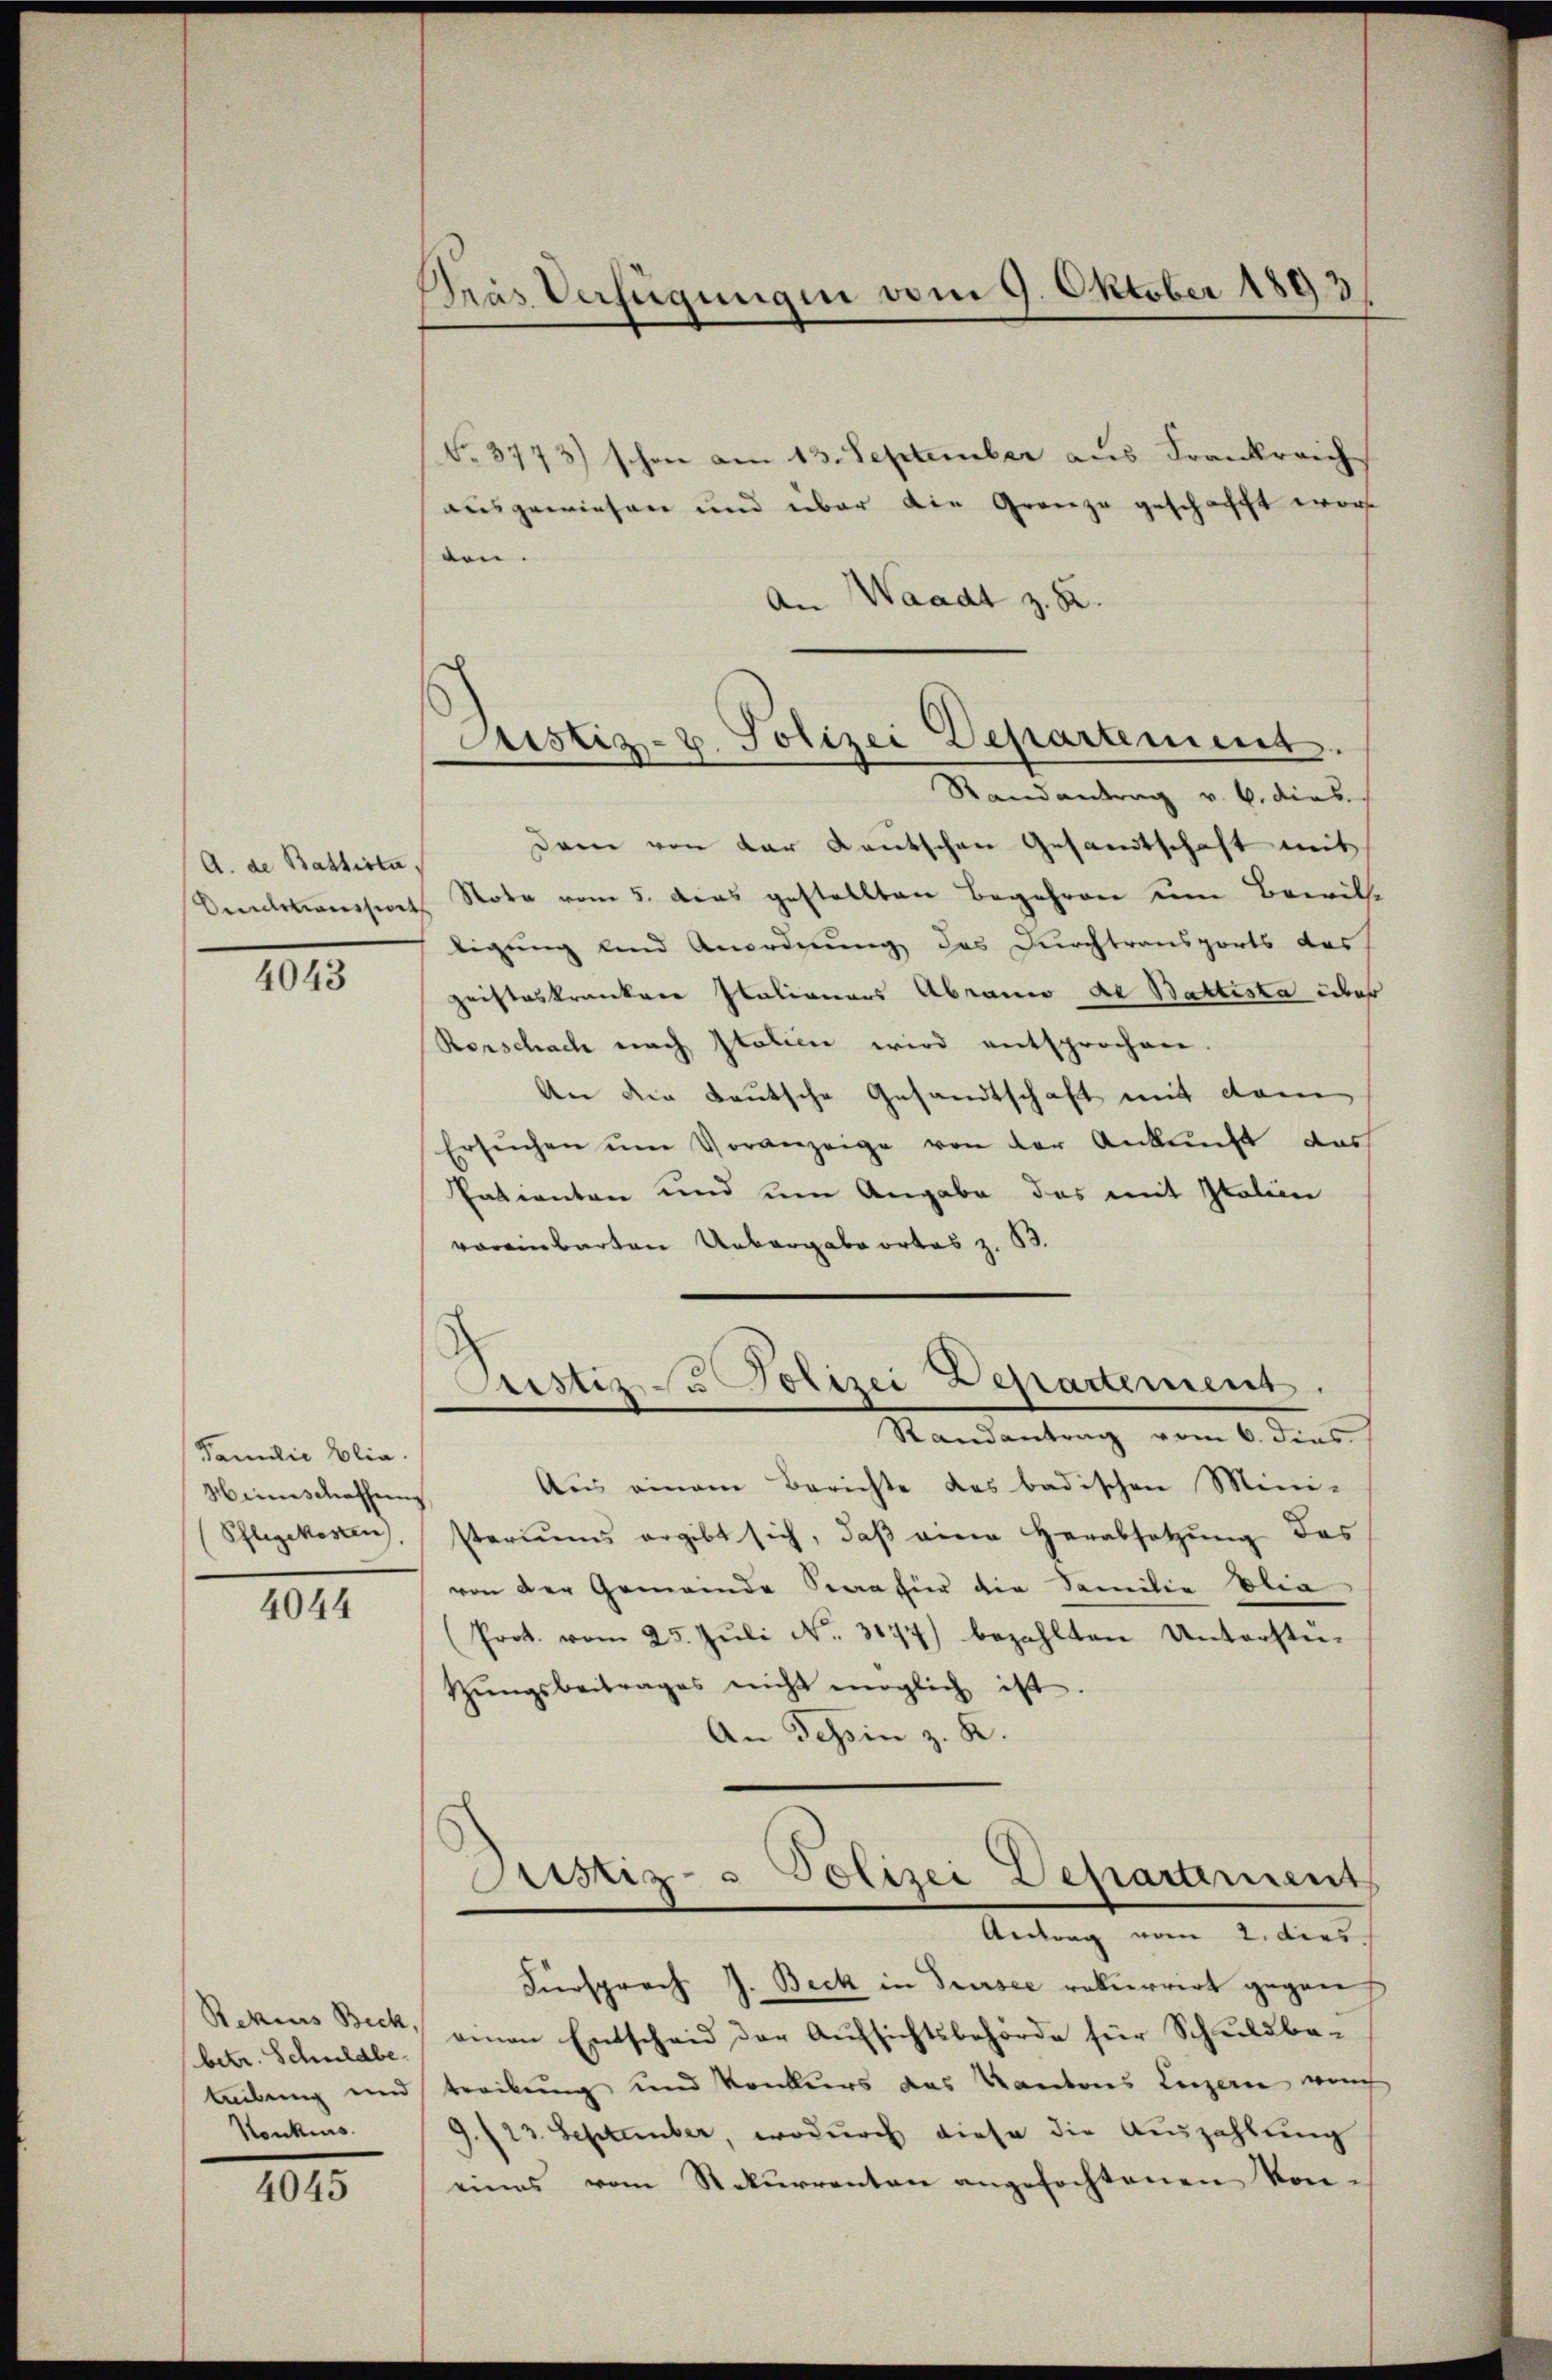
A. de Battista
Amdeaussiret

4043

Familie blia.
Weinschaffens
Pflegekosten,

4044

Rekius Beck,
(betr. Schuldbe-
teibung und
Konkurs.

4045

Dras Verfügungen vom 9. Oktober 1893

Justiz- u. Polizei Departement

No. 3773) schon am 13. September aus Frankreich
ausgewiesen und über die Grenze geschacht wor
den
An Waadt z. B.
Randantrag v. 6. dies.
Dein von dar Deutschen Gesandtschaft mit
Stote vom 5. das gestellten Begehren um Bewill
tigung und Anordnung des Durchtransports das
gristeskranker Italionars Abrano de Battesta über
Rorschach nach Italien wird entsprochen.
An die deutsche Gesandtschaft mit dem
Ersŭchen um Voranzeige von der Ankunft das
Patienten und um Angabe das mit Italien
voreinbarten Uebergabeortes z. B.
Justiz zu Polizei Departement.
Randantrag vom 6. dies
Aus einem Berichte des badischen Mini-
steriums ergibt sich, daβ eine herabsetzŭng das
von der Gemeinde Staafür die Familie blia
Prot. vom 25. Juli N. 3177) bezahlten Unterstützŭngsbeitrages nicht möglich ist.
An Schin z. B.
Sistiz- & Polizei Departement
Andung vom 2. dies
Fürsprach J. Beck in Trusee rekurrirt gegen s
einen Entscheid der Aŭfsichtsbehörde für Schuldba-
treckung und Konkurs das Kantons Luzern weg
9./23. September, wodurch diese die Auszahlung
eines vom Rekurrenten angefochtenen Kon-